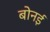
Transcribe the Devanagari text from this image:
बोनई